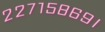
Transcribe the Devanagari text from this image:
२२७१५८६९।